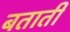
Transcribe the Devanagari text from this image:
बतातीं